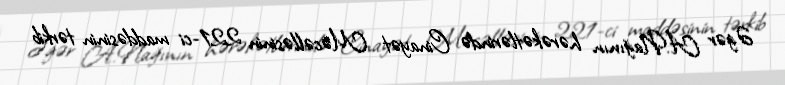
Əgər A.Nağının hərəkətlərində Cinayət Məcəlləsinin 221-ci maddəsinin tərkib